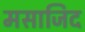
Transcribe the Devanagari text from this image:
मसाजिद